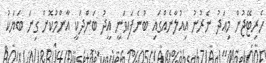
ހެރިޓޭޖުން މިއަދު ނެރުނު އިއުލާނެއްގައި ބުނެފައިވަނީ އީދު ބަންދަކީ އާންމުކޮށް ގިނަ ބަޔަކު